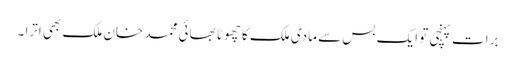
برات پہنچی تو ایک بس سے مادی ملک کا چھوٹا بھائی محمد خان ملک بھی اترا ۔